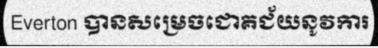
Everton បានសម្រេចជោគជ័យនូវការ